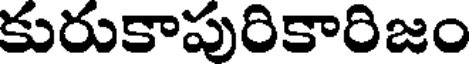
కురుకాపురికారిజం